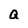
Character: Q